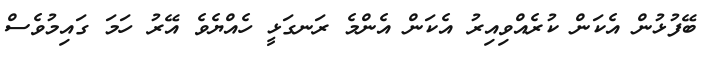
ބޭފުޅުން އެކަން ކުރެއްވިއިރު އެކަން އެންމެ ރަނގަޅީ ހެއްޔެވެ އޭރު ހަމަ ގައިމުވެސް